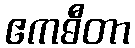
ဧကဓီတာ